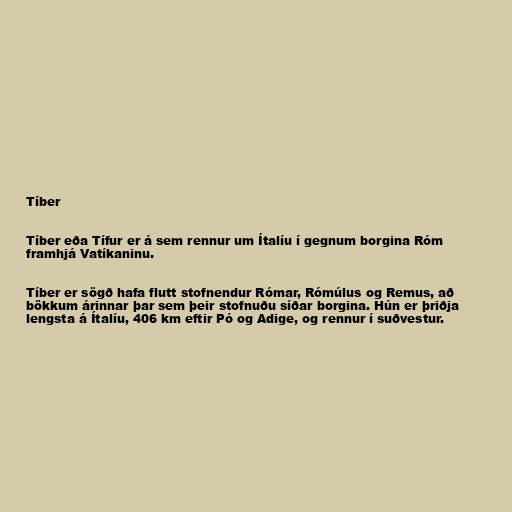
Tíber

Tíber eða Tífur er á sem rennur um Ítalíu í gegnum borgina Róm
framhjá Vatíkaninu.

Tíber er sögð hafa flutt stofnendur Rómar, Rómúlus og Remus, að
bökkum árinnar þar sem þeir stofnuðu síðar borgina. Hún er þriðja
lengsta á Ítalíu, 406 km eftir Pó og Adige, og rennur í suðvestur.